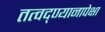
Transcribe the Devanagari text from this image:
तत्वद्ण्यानापेक्षा